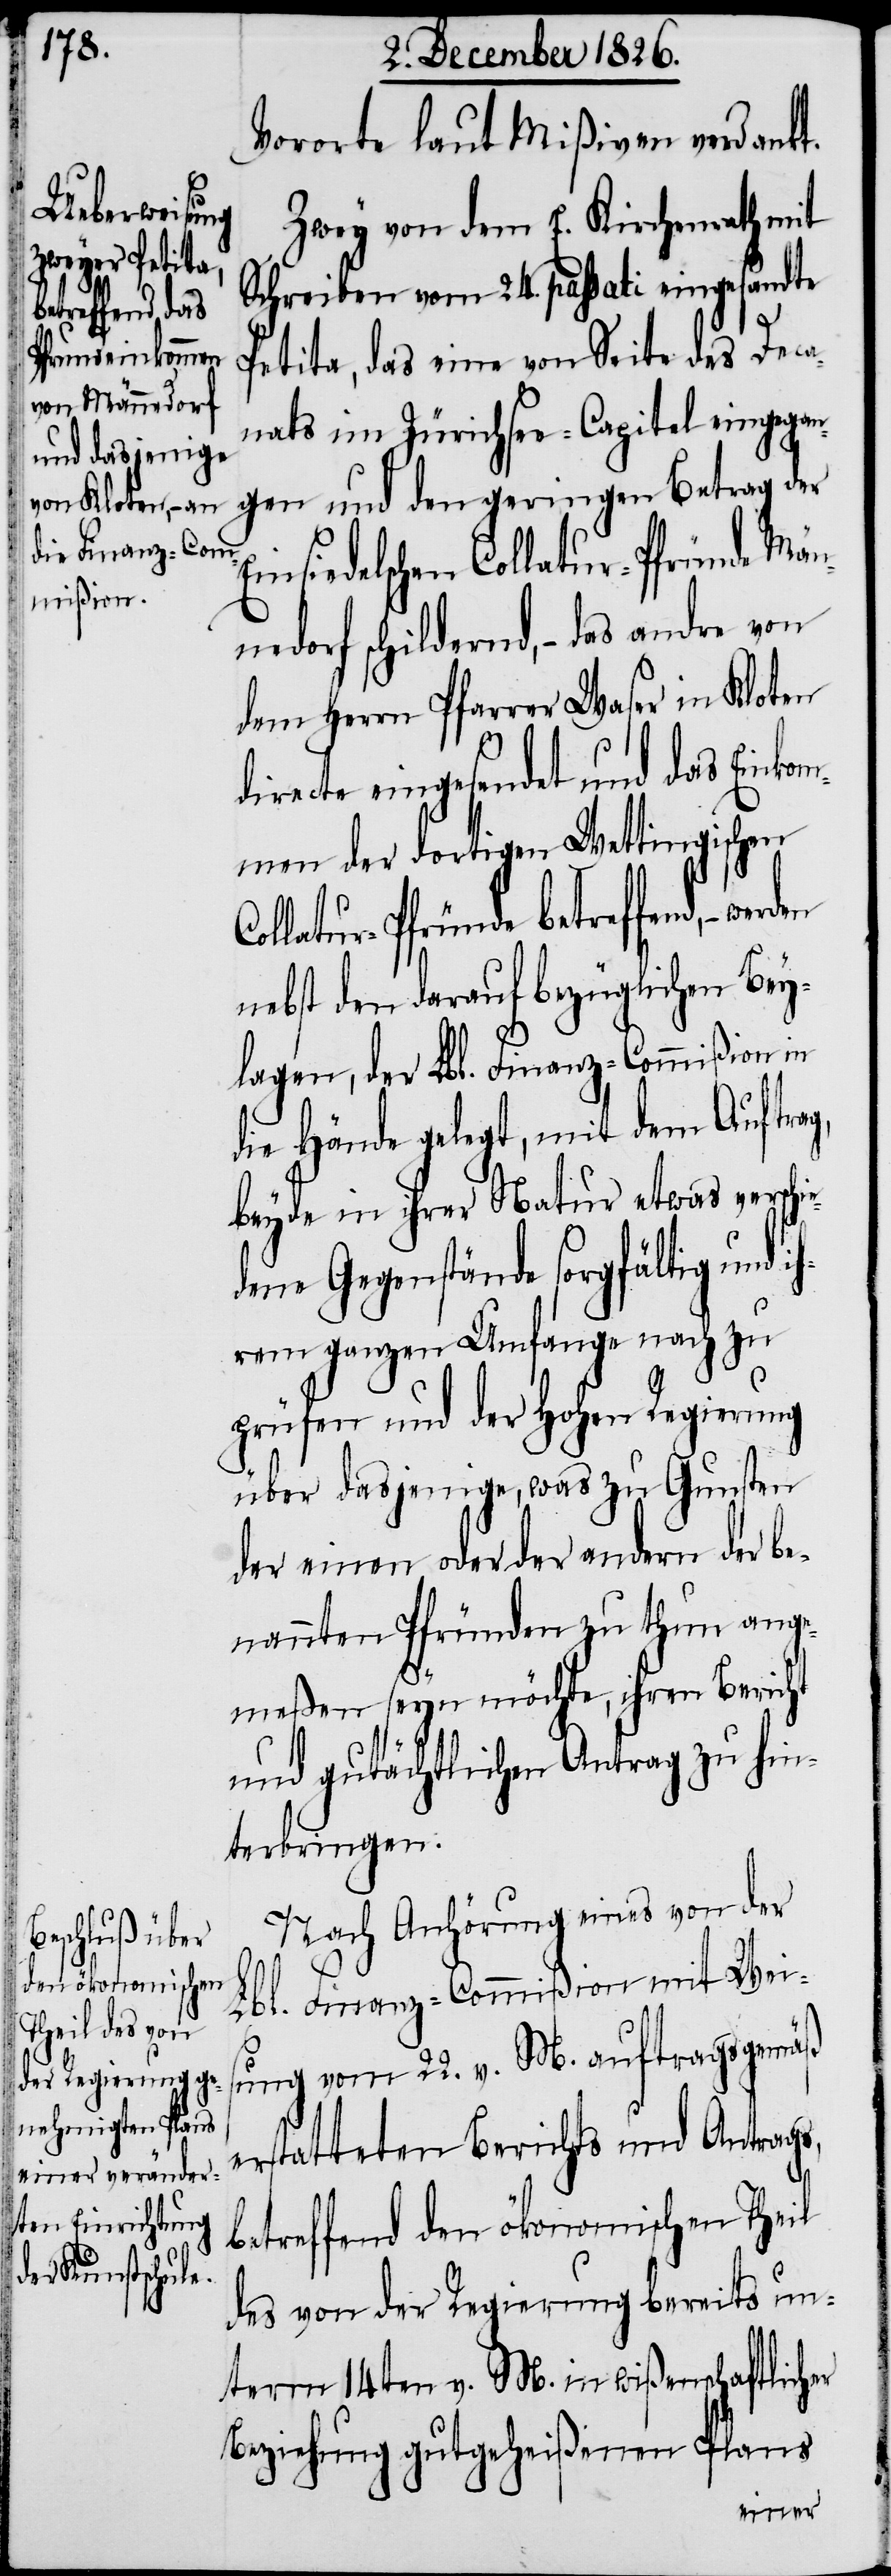
Vororte laut Mißiven verdankt.
Zwey von dem E. Kirchenrath mit
Schreiben vom 24. passati eingesandte
Petita, das eine von Seite des Deca¬
nats im Zürichsee-Capitel eingegan¬
gen und den geringen Betrag der
insiedelschen Collatur-Pfründe Män¬
nedorf schildernd, – das andre von
dem Herrn Pfarrer Waser in Kloten
directe eingesendet und das Einkom¬
men der dortigen Wettingischen
Collatur-Pfründe betreffend, –
nebst den darauf bezüglichen Bey¬
lagen, der Lbl. Finanz-Commißion in
die Hände gelegt, mit dem Auftrag,
beyde in ihrer Natur etwas versch¬
dene Gegenstände sorgfältig und i¬
hrem ganzen Umfange nach zu
prüfen und der hohen Regierung
über dasjenige, was zu Gunsten
der einen oder der andern der be¬
nannten Pfründen zu thun ange¬
meßen seyn möchte, ihren Bericht
und gutächtlichen Antrag zu hin¬
terbringen.
Nach Anhörung eines von der
e¬
Lbl. Finanz-Commißion mit Weis¬
ung vom 22. v. M. auftragsgemäß
erstatteten Berichts und Antrags,
betreffend den ökonomischen Theil
des von der Regierung bereits un¬
term 14ten v. M. in wißenschaftlicher
Beziehung gutgeheißenen Plans